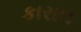
કારાલ